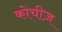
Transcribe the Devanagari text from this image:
कोचीज़